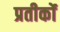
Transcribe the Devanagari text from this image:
प्रतीकोंं